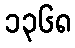
၁၃၆၈